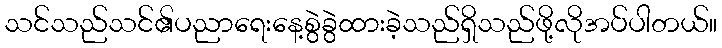
သင်သည်သင်၏ပညာရေးနေ့စွဲခွဲထားခဲ့သည်ရှိသည်ဖို့လိုအပ်ပါတယ်။